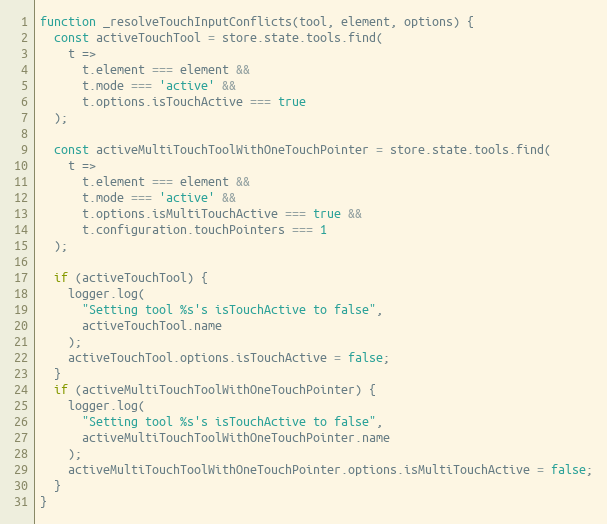
Language: JavaScript
function _resolveTouchInputConflicts(tool, element, options) {
  const activeTouchTool = store.state.tools.find(
    t =>
      t.element === element &&
      t.mode === 'active' &&
      t.options.isTouchActive === true
  );

  const activeMultiTouchToolWithOneTouchPointer = store.state.tools.find(
    t =>
      t.element === element &&
      t.mode === 'active' &&
      t.options.isMultiTouchActive === true &&
      t.configuration.touchPointers === 1
  );

  if (activeTouchTool) {
    logger.log(
      "Setting tool %s's isTouchActive to false",
      activeTouchTool.name
    );
    activeTouchTool.options.isTouchActive = false;
  }
  if (activeMultiTouchToolWithOneTouchPointer) {
    logger.log(
      "Setting tool %s's isTouchActive to false",
      activeMultiTouchToolWithOneTouchPointer.name
    );
    activeMultiTouchToolWithOneTouchPointer.options.isMultiTouchActive = false;
  }
}